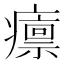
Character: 癝